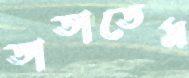
তাতাতেম